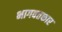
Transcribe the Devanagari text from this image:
भागवतकार